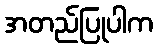
အတည်ပြုပါက